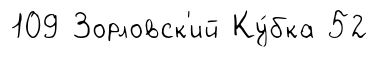
109 3орловск'ий Ку́бка 52